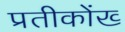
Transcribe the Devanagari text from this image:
प्रतीकोंख्‍